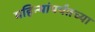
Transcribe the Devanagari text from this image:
महिन्यांपर्यंतच्या